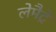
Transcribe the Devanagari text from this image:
लेमैट्रे